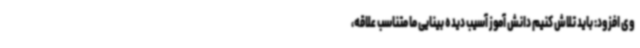
وی افزود: باید تلاش کنیم دانش آموز آسیب دیده بینایی ما متناسب علاقه،